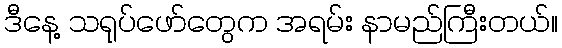
ဒီနေ့ သရုပ်ဖော်တွေက အရမ်း နာမည်ကြီးတယ်။